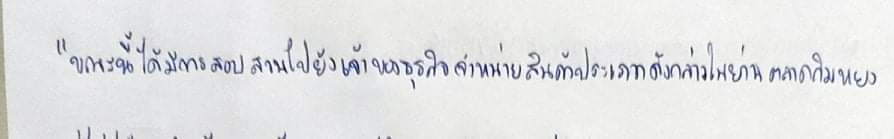
"ขณะนี้ได้มีการสอบสวนไปยังเจ้าของธุรกิจจำหน่ายสินค้าประเภทดังกล่าวในย่านตลาดกิมหยง